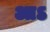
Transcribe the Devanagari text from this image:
आऽ